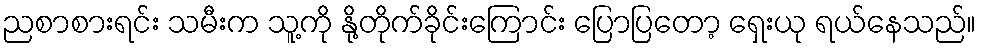
ညစာစားရင်း သမီးက သူ့ကို နို့တိုက်ခိုင်းကြောင်း ပြောပြတော့ ရှေးယု ရယ်နေသည်။